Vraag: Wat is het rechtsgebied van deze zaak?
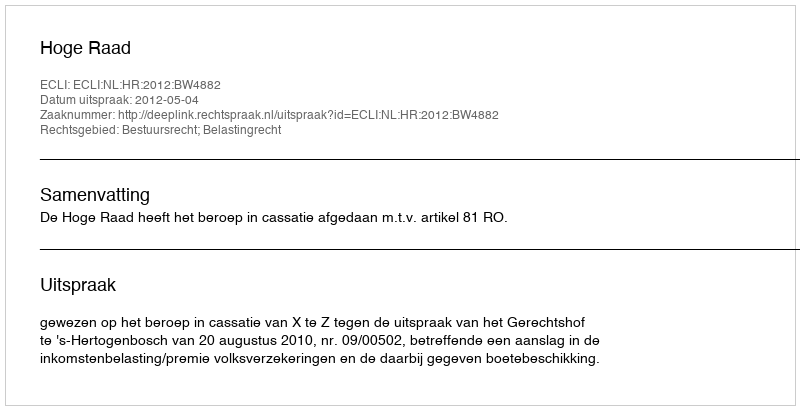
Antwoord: Bestuursrecht; Belastingrecht